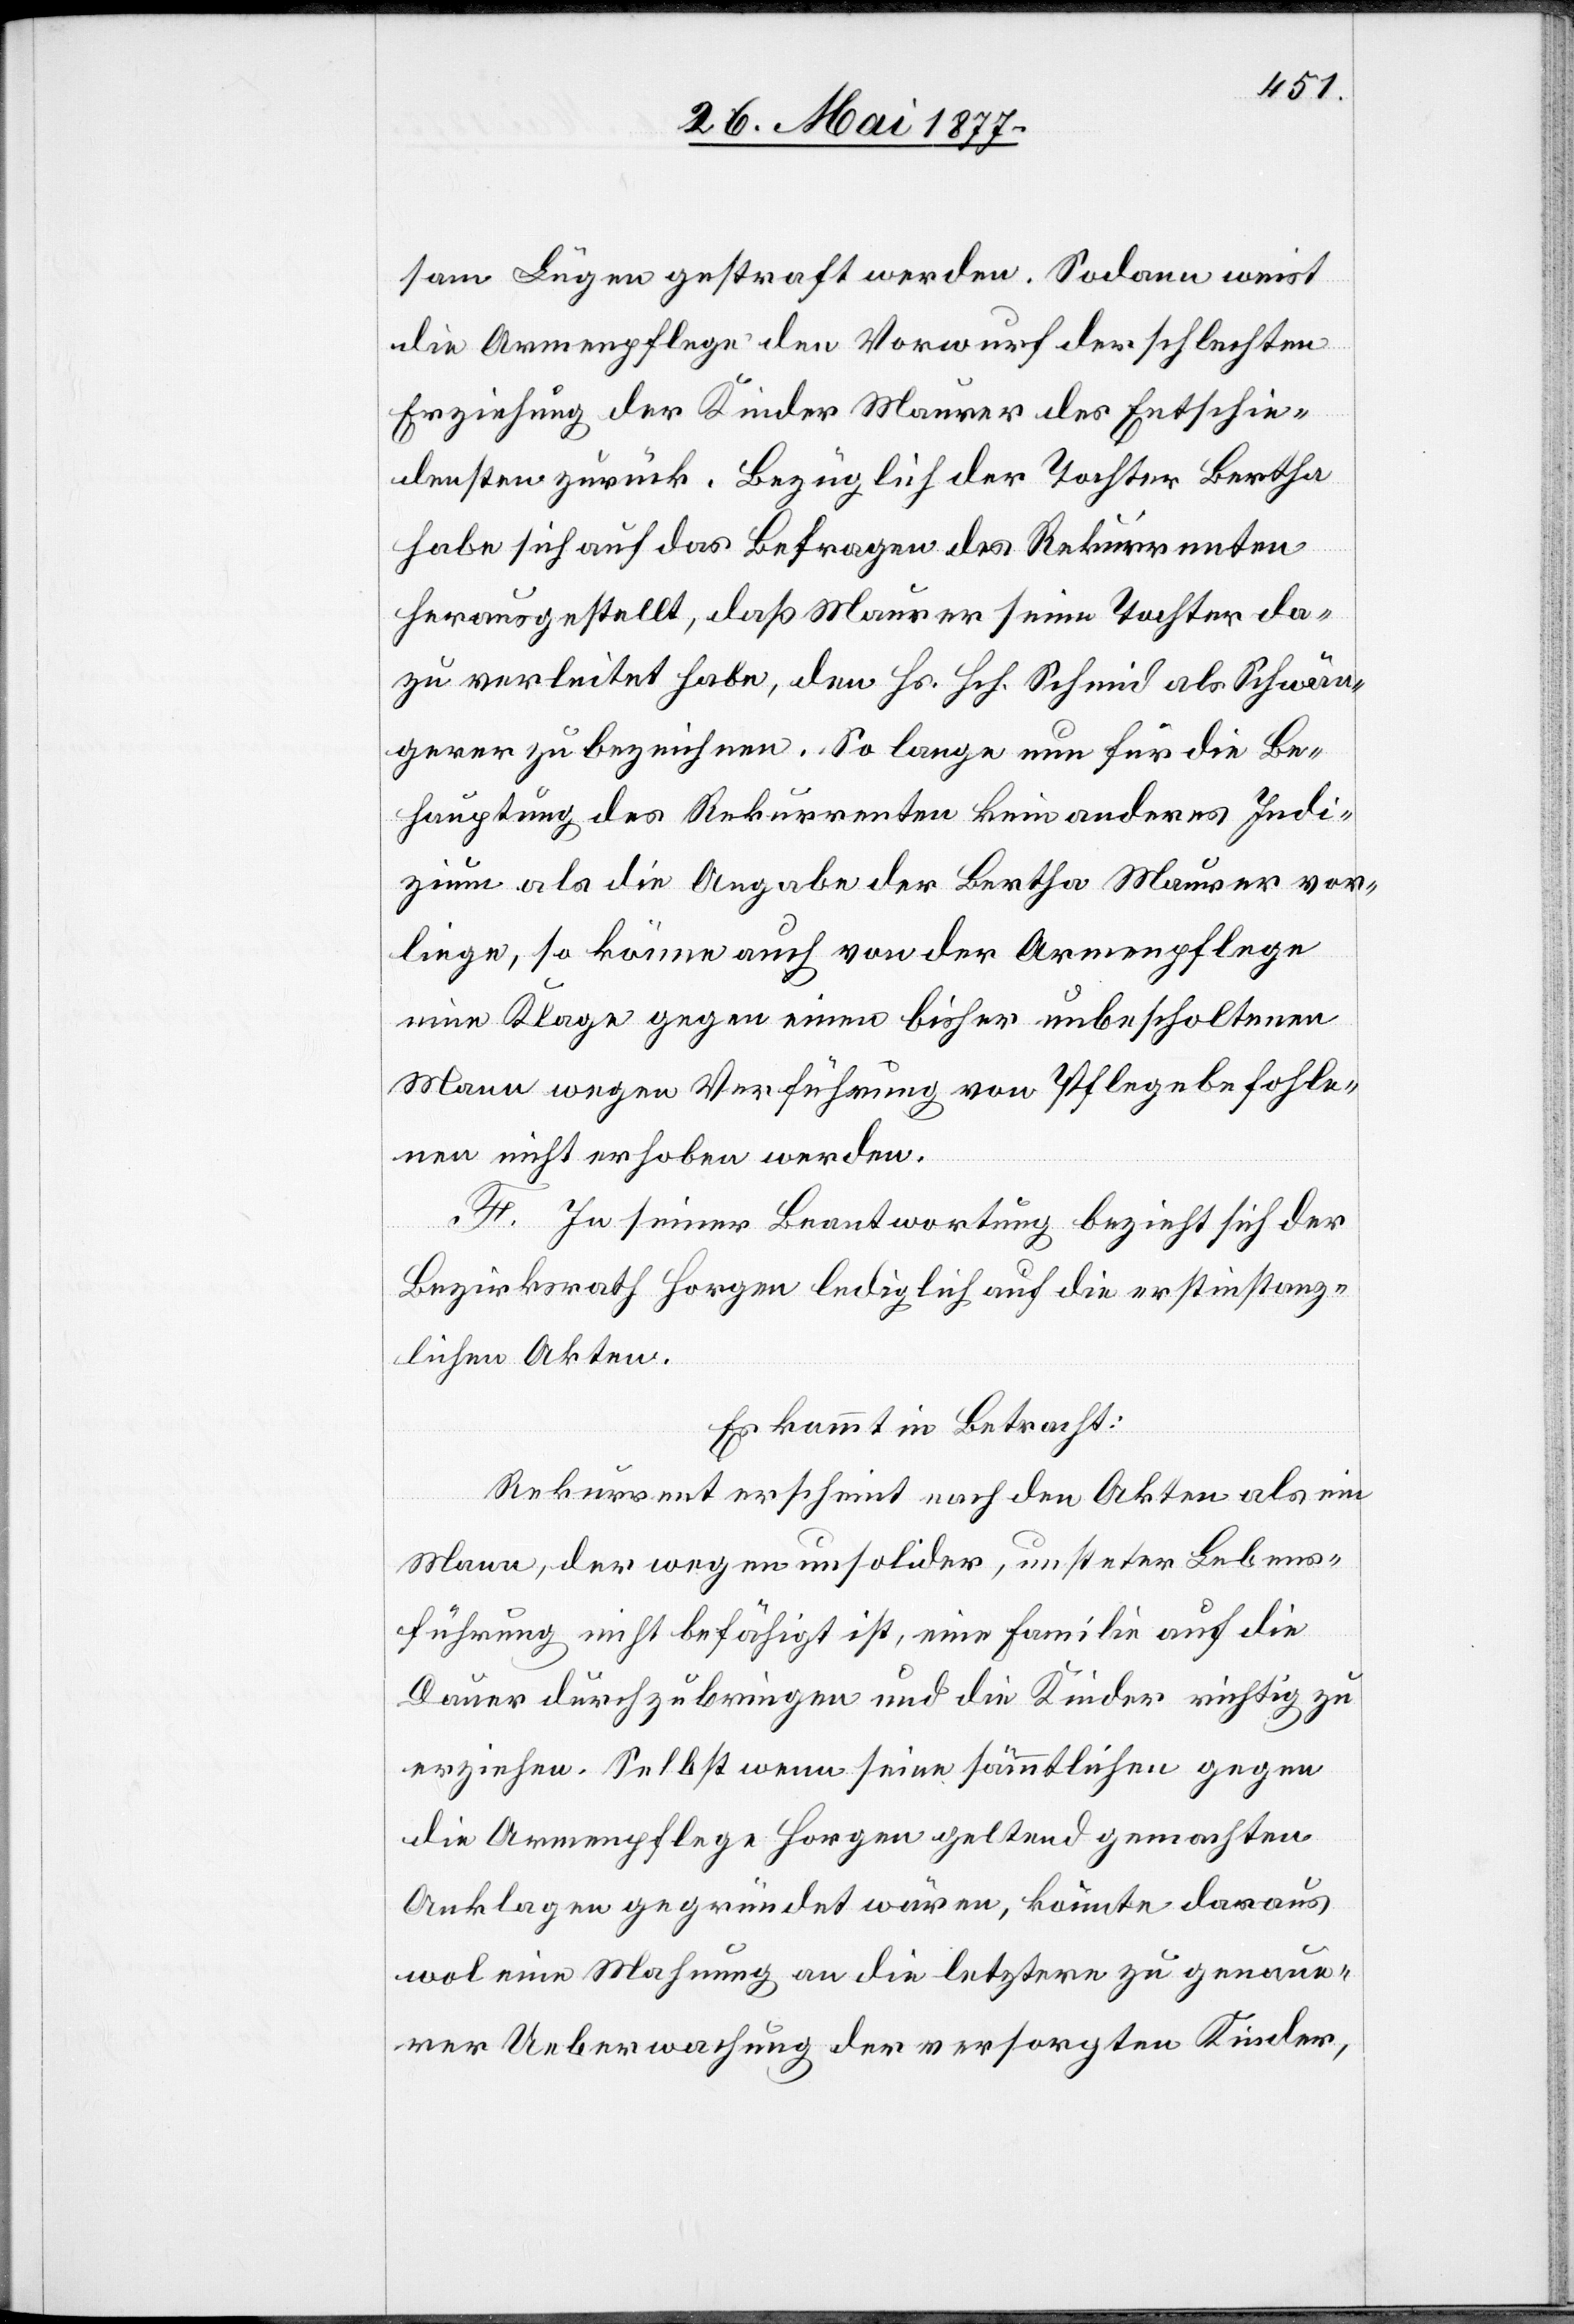
sam Lügen gestraft werden. Sodann weist
die Armenpflege den Vorwurf der schlechten
Erziehung der Kinder Maurer des Entschie¬
densten zurück. Bezüglich der Tochter Bertha
habe sich auf das Befragen des Rekurrenten
herausgestellt, daß Maurer seine Tochter da¬
zu verleitet habe, den Hs. Hch. Schmid als Schwän¬
gerer zu bezeichnen. So lange nun für die Be¬
hauptung des Rekurrenten kein anderes Indi¬
zium als die Angabe der Bertha Maurer vor¬
liege, so könne auch von der Armenpflege
eine Klage gegen einen bisher unbescholtenen
Mann wegen Verführung von Pflegebefohle¬
nen nicht erhoben werden.
begründet]
F. In seiner Beantwortung bezieht sich der
Bezirksrath Horgen lediglich auf die erstinstanz¬
lichen Akten.
Es kommt in Betracht:
Rekurrent erscheint nach den Akten als ein
Mann, der wegen unsolider, unsteter Lebens¬
führung nicht befähigt ist, eine Familie auf die
Dauer durchzubringen und die Kinder richtig zu
erziehen. Selbst wenn seine sämmtlichen gegen
die Armenpflege Horgen geltend gemachten
wol eine Mahnung an die letztere zu genaue¬
rer Ueberwachung der versorgten Kinder,